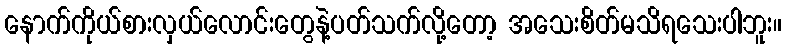
နောက်ကိုယ်စားလှယ်လောင်းတွေနဲ့ပတ်သက်လို့တော့ အသေးစိတ်မသိရသေးပါဘူး။